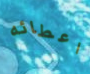
اعطائه